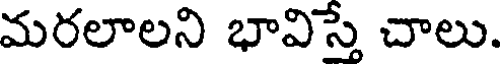
మరలాలని భావిస్తే చాలు.